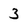
Character: 3